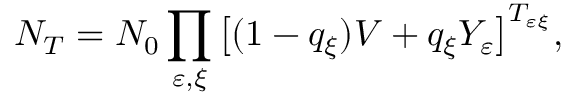
N _ { T } = N _ { 0 } \prod _ { \varepsilon , \xi } \big [ ( 1 - q _ { \xi } ) V + q _ { \xi } Y _ { \varepsilon } \big ] ^ { T _ { \varepsilon \xi } } ,